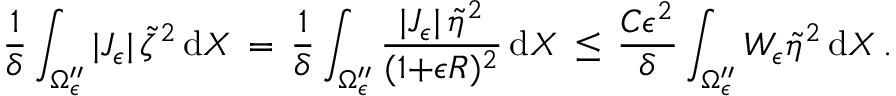
\frac { 1 } { \delta } \int _ { \Omega _ { \epsilon } ^ { \prime \prime } } | J _ { \epsilon } | \, \tilde { \zeta } ^ { 2 } \, \mathrm { d } X \, = \, \frac { 1 } { \delta } \int _ { \Omega _ { \epsilon } ^ { \prime \prime } } \frac { | J _ { \epsilon } | \, \tilde { \eta } ^ { 2 } } { ( 1 { + } \epsilon R ) ^ { 2 } } \, \mathrm { d } X \, \le \, \frac { C \epsilon ^ { 2 } } { \delta } \int _ { \Omega _ { \epsilon } ^ { \prime \prime } } W _ { \epsilon } \tilde { \eta } ^ { 2 } \, \mathrm { d } X \, .